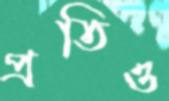
প্রতিও